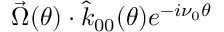
\vec { \Omega } ( \theta ) \cdot \hat { k } _ { 0 0 } ( \theta ) e ^ { - i \nu _ { 0 } \theta }